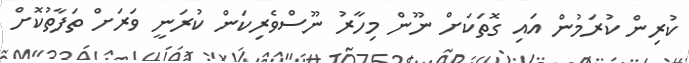
ކުރިން ކުރަމުން އައި ގޮތަކަށް ނޫން މިހާރު ނޫސްވެރިކަން ކުރަނީ ވަރަށް ތަފާތުކޮށް